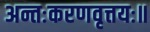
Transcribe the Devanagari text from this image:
अन्तःकरणवृत्तयः॥